Annual statistical returns and brief notes on vaccination in Bengal - 1896-1909
Year: 1896
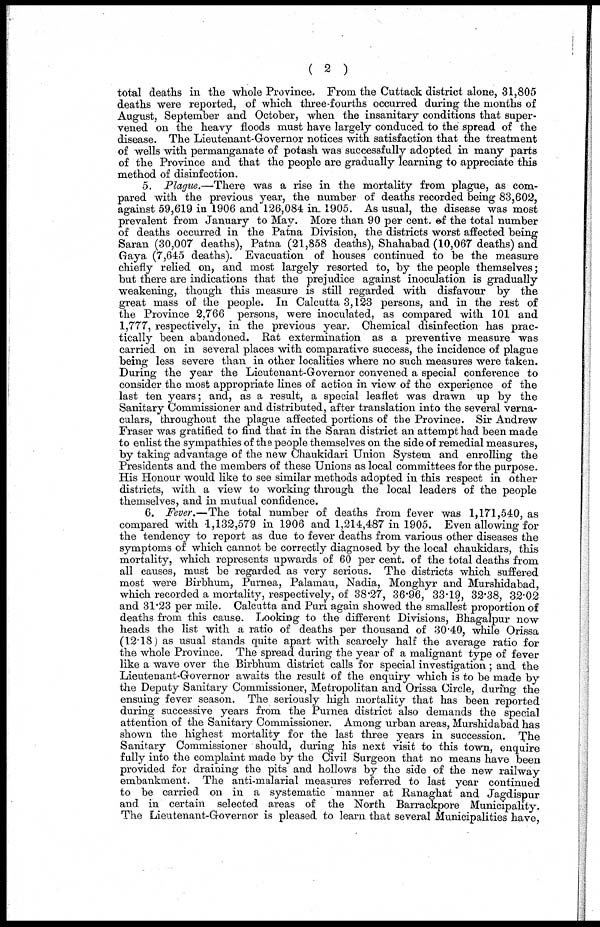
( 2 )
total deaths in the whole Province. From the Cuttack district alone, 31,805
deaths were reported, of which three-fourths occurred during the months of
August, September and October, when the insanitary conditions that super-
vened on the heavy floods must have largely conduced to the spread of the
disease. The Lieutenant-Governor notices with satisfaction that the treatment
of wells with permanganate of potash was successfully adopted in many parts
of the Province and that the people are gradually learning to appreciate this
method of disinfection.
5. Plague.—There was a rise in the mortality from plague, as com-
pared with the previous year, the number of deaths recorded being 83,602,
against 59,619 in 1906 and 126,084 in. 1905. As usual, the disease was most
prevalent from January to May. More than 90 per cent. of the total number
of deaths occurred in the Patna Division, the districts worst affected being
Saran (30,007 deaths), Patna (21,858 deaths), Shahabad (10,067 deaths) and
Gaya (7,645 deaths). Evacuation of houses continued to be the measure
chiefly relied on, and most largely resorted to, by the people themselves;
but there are indications that the prejudice against inoculation is gradually
weakening, though this measure is still regarded with disfavour by the
great mass of the people. In Calcutta 3,123 persons, and in the rest of
the Province 2,766 persons, were inoculated, as compared with 101 and
1,777, respectively, in the previous year. Chemical disinfection has prac-
tically been abandoned. Rat extermination as a preventive measure was
carried on in several places with comparative success, the incidence of plague
being less severe than in other localities where no such measures were taken.
During the year the Lieutenant-Governor convened a special conference to
consider the most appropriate lines of action in view of the experience of the
last ten years; and, as a result, a special leaflet was drawn up by the
Sanitary Commissioner and distributed, after translation into the several verna-
culars, throughout the plague affected portions of the Province. Sir Andrew
Fraser was gratified to find that in the Saran district an attempt had been made
to enlist the sympathies of the people themselves on the side of remedial measures,
by taking advantage of the new Chaukidari Union System and enrolling the
Presidents and the members of these Unions as local committees for the purpose.
His Honour would like to see similar methods adopted in this respect in other
districts, with a view to working through the local leaders of the people
themselves, and in mutual confidence.
6. Fever.—The total number of deaths from fever was 1,171,540, as
compared with 1,132,579 in 1906 and 1,214,487 in 1905. Even allowing for
the tendency to report as due to fever deaths from various other diseases the
symptoms of which cannot be correctly diagnosed by the local chaukidars, this
mortality, which represents upwards of 60 per cent. of the total deaths from
all causes, must be regarded as very serious. The districts which suffered
most were Birbhum, Purnea, Palamau, Nadia, Monghyr and Murshidabad,
which recorded a mortality, respectively, of 38.27, 36.96, 33.19, 32.38, 32.02
and 31.23 per mile. Calcutta and Puri again showed the smallest proportion of
deaths from this cause. Looking to the different Divisions, Bhagalpur now
heads the list with a ratio of deaths per thousand of 30.40, while Orissa
(12.18) as usual stands quite apart with scarcely half the average ratio for
the whole Province. The spread during the year of a malignant type of fever
like a wave over the Birbhum district calls for special investigation; and the
Lieutenant-Governor awaits the result of the enquiry which is to be made by
the Deputy Sanitary Commissioner, Metropolitan and Orissa Circle, during the
ensuing fever season. The seriously high mortality that has been reported
during successive years from the Purnea district also demands the special
attention of the Sanitary Commissioner. Among urban areas, Murshidabad has
shown the highest mortality for the last three years in succession. The
Sanitary Commissioner should, during his next visit to this town, enquire
fully into the complaint made by the Civil Surgeon that no means have been
provided for draining the pits and hollows by the side of the new railway
embankment. The anti-malarial measures referred to last year continued
to be carried on in a systematic manner at Ranaghat and Jagdispur
and in certain selected areas of the North Barrackpore Municipality.
The Lieutenant-Governor is pleased to learn that several Municipalities have,